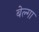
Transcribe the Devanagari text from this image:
बेल्गा